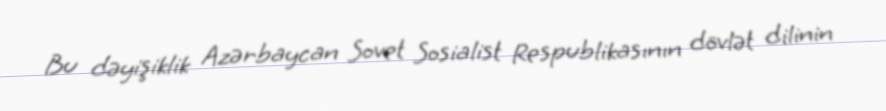
Bu dəyişiklik Azərbaycan Sovet Sosialist Respublikasının dövlət dilinin